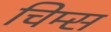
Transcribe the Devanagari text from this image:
चिम्स